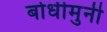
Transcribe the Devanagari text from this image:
बोधीमुनी